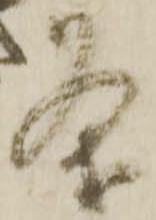
条